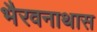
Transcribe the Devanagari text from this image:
भैरवनाथास